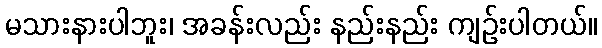
မသားနားပါဘူး၊ အခန်းလည်း နည်းနည်း ကျဉ်းပါတယ်။